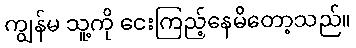
ကျွန်မ သူ့ကို ငေးကြည့်နေမိတော့သည်။